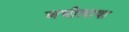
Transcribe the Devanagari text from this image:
अभीलाषा